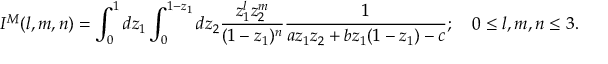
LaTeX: I ^ { M } ( l , m , n ) = \int _ { 0 } ^ { 1 } d z _ { 1 } \int _ { 0 } ^ { 1 - z _ { 1 } } d z _ { 2 } { \frac { z _ { 1 } ^ { l } z _ { 2 } ^ { m } } { ( 1 - z _ { 1 } ) ^ { n } } } { \frac { 1 } { a z _ { 1 } z _ { 2 } + b z _ { 1 } ( 1 - z _ { 1 } ) - c } } ; \quad 0 \leq l , m , n \leq 3 .